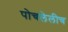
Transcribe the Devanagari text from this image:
पोचलेलीच